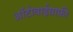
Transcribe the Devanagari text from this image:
आॅटोबाईग्राफ़ी